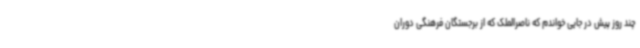
چند روز پیش در جایی خواندم که ناصرالملک که از برجستگان فرهنگی دوران